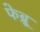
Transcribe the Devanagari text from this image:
फेब्रू